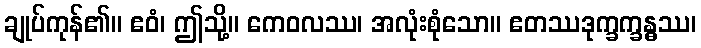
ချုပ်ကုန်၏။ ဧဝံ၊ ဤသို့။ ကေဝလဿ၊ အလုံးစုံသော။ ဧတဿဒုက္ခက္ခန္ဓဿ၊